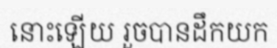
នោះឡើយ រួចបានដឹកយក